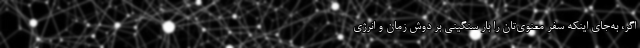
اگر، به‌جای اینکه سفر معنوی‌تان را بار سنگینی بر دوشِ زمان و انرژی